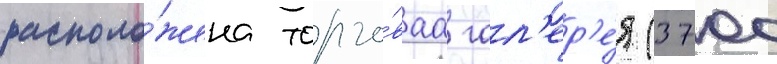
располо́жена торго́ваа гал'ер'е́я (3700